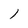
Character: 1